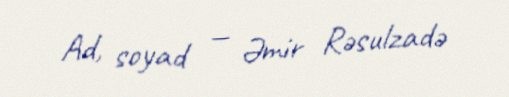
Ad, soyad — Əmir Rəsulzadə